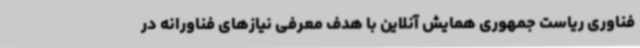
فناوری ریاست جمهوری همایش آنلاین با هدف معرفی نیازهای فناورانه در